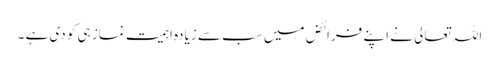
اللہ تعالی نے اپنے فرائض میں سب سے زیادہ اہمیت نماز ہی کو دی ہے ۔